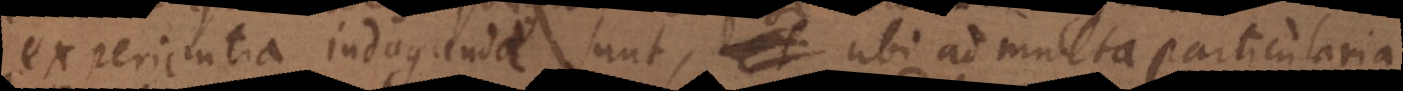
experientia indagandae sunt, et ubi ad multa particularia